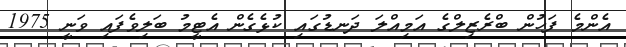
އެންމެ ފަހުން ބްރެޒިލްގެ އަމިއްލަ ދަނޑުގައި ކުޅެގެން އެޓީމު ބަލިވެފައި ވަނީ 1975